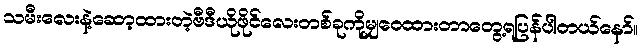
သမီးလေးနဲ့ဆော့ထားတဲ့ဗီဒီယိုဖိုင်လေးတစ်ခုကိုမျှဝေထားတာတွေ့ရပြန်ပါတယ်နော်။